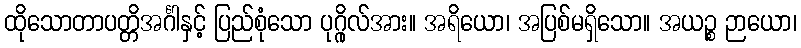
ထိုသောတာပတ္တိအင်္ဂါနှင့် ပြည်စုံသော ပုဂ္ဂိုလ်အား။ အရိယော၊ အပြစ်မရှိသော။ အယဉ္စ ဉာယော၊